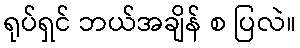
ရုပ်ရှင် ဘယ်အချိန် စ ပြလဲ။